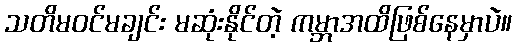
သတိမဝင်မချင်း မဆုံးနိုင်တဲ့ ကမ္ဘာအထိဖြစ်နေမှာပဲ။